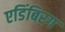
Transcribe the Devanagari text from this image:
एडिंबिरग